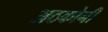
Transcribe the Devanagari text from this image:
अठकोनी